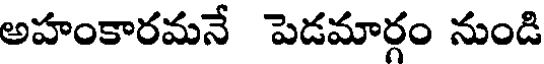
అహంకారమనే పెడమార్గం నుండి